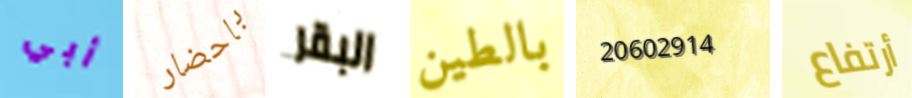
أبي باحضار البقر بالطين 20602914 أرتفاع